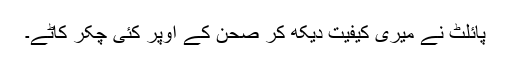
پائلٹ نے میری کیفیت دیکھ کر صحن کے اوپر کئی چکر کاٹے۔